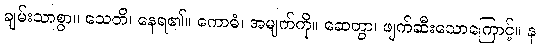
ချမ်းသာစွာ။ သေတိ၊ နေရ၏။ ကောဓံ၊ အမျက်ကို။ ဆေတွာ၊ ဖျက်ဆီးသောကြောင့်။ န